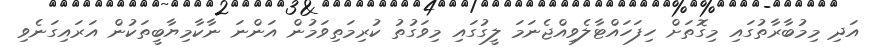
އަދި މިމުބާރާތުގައި މިގޮތަށް ހިފަހައްޓާލެވިއްޖެނަމަ ލީގުގައި މިވަގުތު ކުރިމަތިވަމުން އަންނަ ނާކާމިޔާބީތަކުން އަރައިގަނެވި